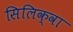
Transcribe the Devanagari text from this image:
सिलिक्वा